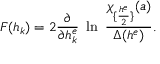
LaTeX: F ( h _ { k } ) = 2 { \frac { \partial } { \partial h _ { k } ^ { e } } } ~ \ln \ { \frac { \chi _ { \{ { \frac { h ^ { e } } { 2 } } \} } ( a ) } { \Delta ( h ^ { e } ) } } .